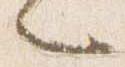
々